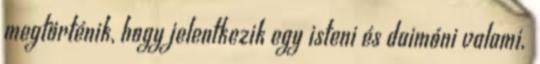
megtörténik, hogy jelentkezik egy isteni és daimóni valami,